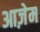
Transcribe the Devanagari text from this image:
आज़ेम